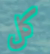
كل